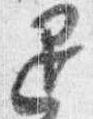
退